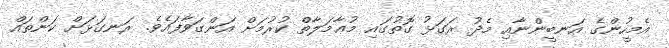
އެމީހުންގެ އަނބީންނާއި މެދު ރަގަޅު ގޮތުގައި މުޢާމަލާތް ކުރުމަށް އަންގަވާފައެވެ. ރަނގަޅަށް ކަންތައް